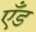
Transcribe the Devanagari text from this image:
एँड